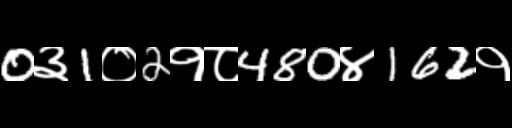
Text: 0३1०2१८480४162१